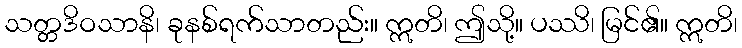
သတ္တဒိဝသာနိ၊ ခုနစ်ရက်သာတည်း။ ဣတိ၊ ဤသို့။ ပဿိ၊ မြင်၏။ ဣတိ၊